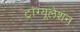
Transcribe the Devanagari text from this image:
ट्रांग्यूलेशन